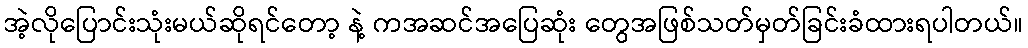
အဲ့လိုပြောင်းသုံးမယ်ဆိုရင်တော့ နဲ့ ကအဆင်အပြေဆုံး တွေအဖြစ်သတ်မှတ်ခြင်းခံထားရပါတယ်။